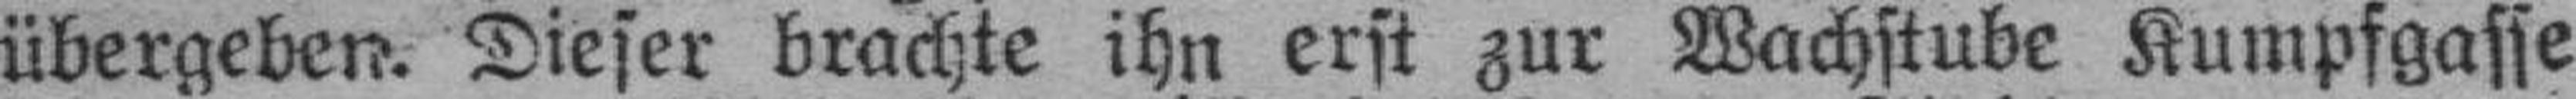
übergeben. Dieser brachte ihn erst zur Wachstube Kumpfgasse